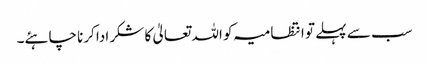
سب سے پہلے تو انتظامیہ کو اللہ تعالیٰ کا شکر ادا کرنا چاہئے۔